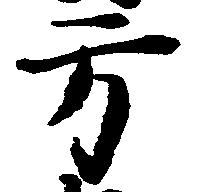
方